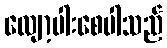
လျော့ပါးစေပါသည်